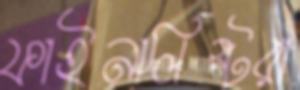
ফাইনালিস্টরা